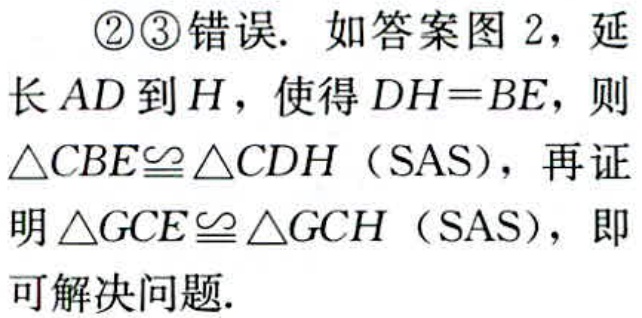
\textcircled{2}\textcircled{3}错误. 如答案图 2，延长 \(AD\) 到 \(H\)，使得 \(DH = BE\)，则 \(\triangle CBE\cong\triangle CDH\)（SAS），再证明 \(\triangle GCE\cong\triangle GCH\)（SAS），即可解决问题.